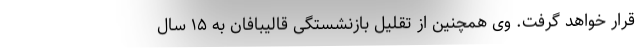
قرار خواهد گرفت. وی همچنین از تقلیل بازنشستگی قالیبافان به ۱۵ سال